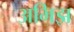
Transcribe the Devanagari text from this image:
अभिझ